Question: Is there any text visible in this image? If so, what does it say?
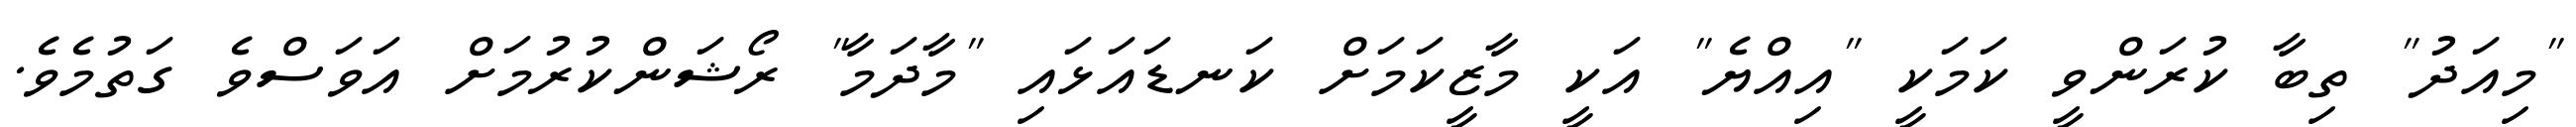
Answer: "މިއަދު" ތިބާ ކުރަންވީ ކަމަކީ "އިއްޔެ" އަކީ މާޒީކަމަށް ކަނޑައަޅައި "މާދަމާ" ރޯޝަންކުރުމަށް އަވަސްވެ ގަތުމެވެ.